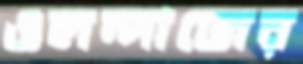
ওলন্দাজের